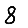
Digit: 8